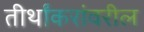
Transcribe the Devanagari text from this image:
तीर्थांकरांवरील